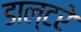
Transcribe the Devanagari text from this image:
डाल्टरे